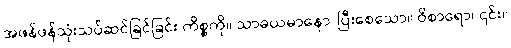
အဖန်ဖန်သုံးသပ်ဆင်ခြင်ခြင်း ကိစ္စကို။ သာဓယမာနော၊ ပြီးစေသော။ ဝိစာရော၊ ၎င်း။